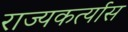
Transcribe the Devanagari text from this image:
राज्यकर्त्यास